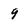
Character: 9